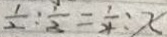
\frac { 1 } { 2 } : \frac { 1 } { 3 } = \frac { 1 } { 4 } : x